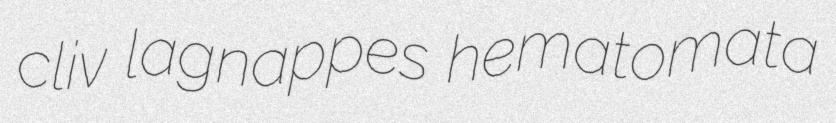
cliv lagnappes hematomata